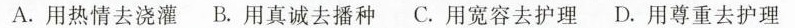
A. 用热情去浇灌 B. 用真诚去播种 C. 用宽容去护理 D. 用尊重去护理